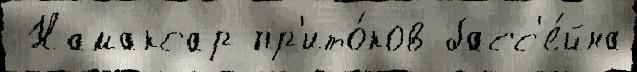
 Намаксар пр'ито́ков басс'е́йна